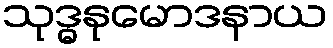
သုဒ္ဓနုမောဒနာယ